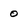
Character: 0